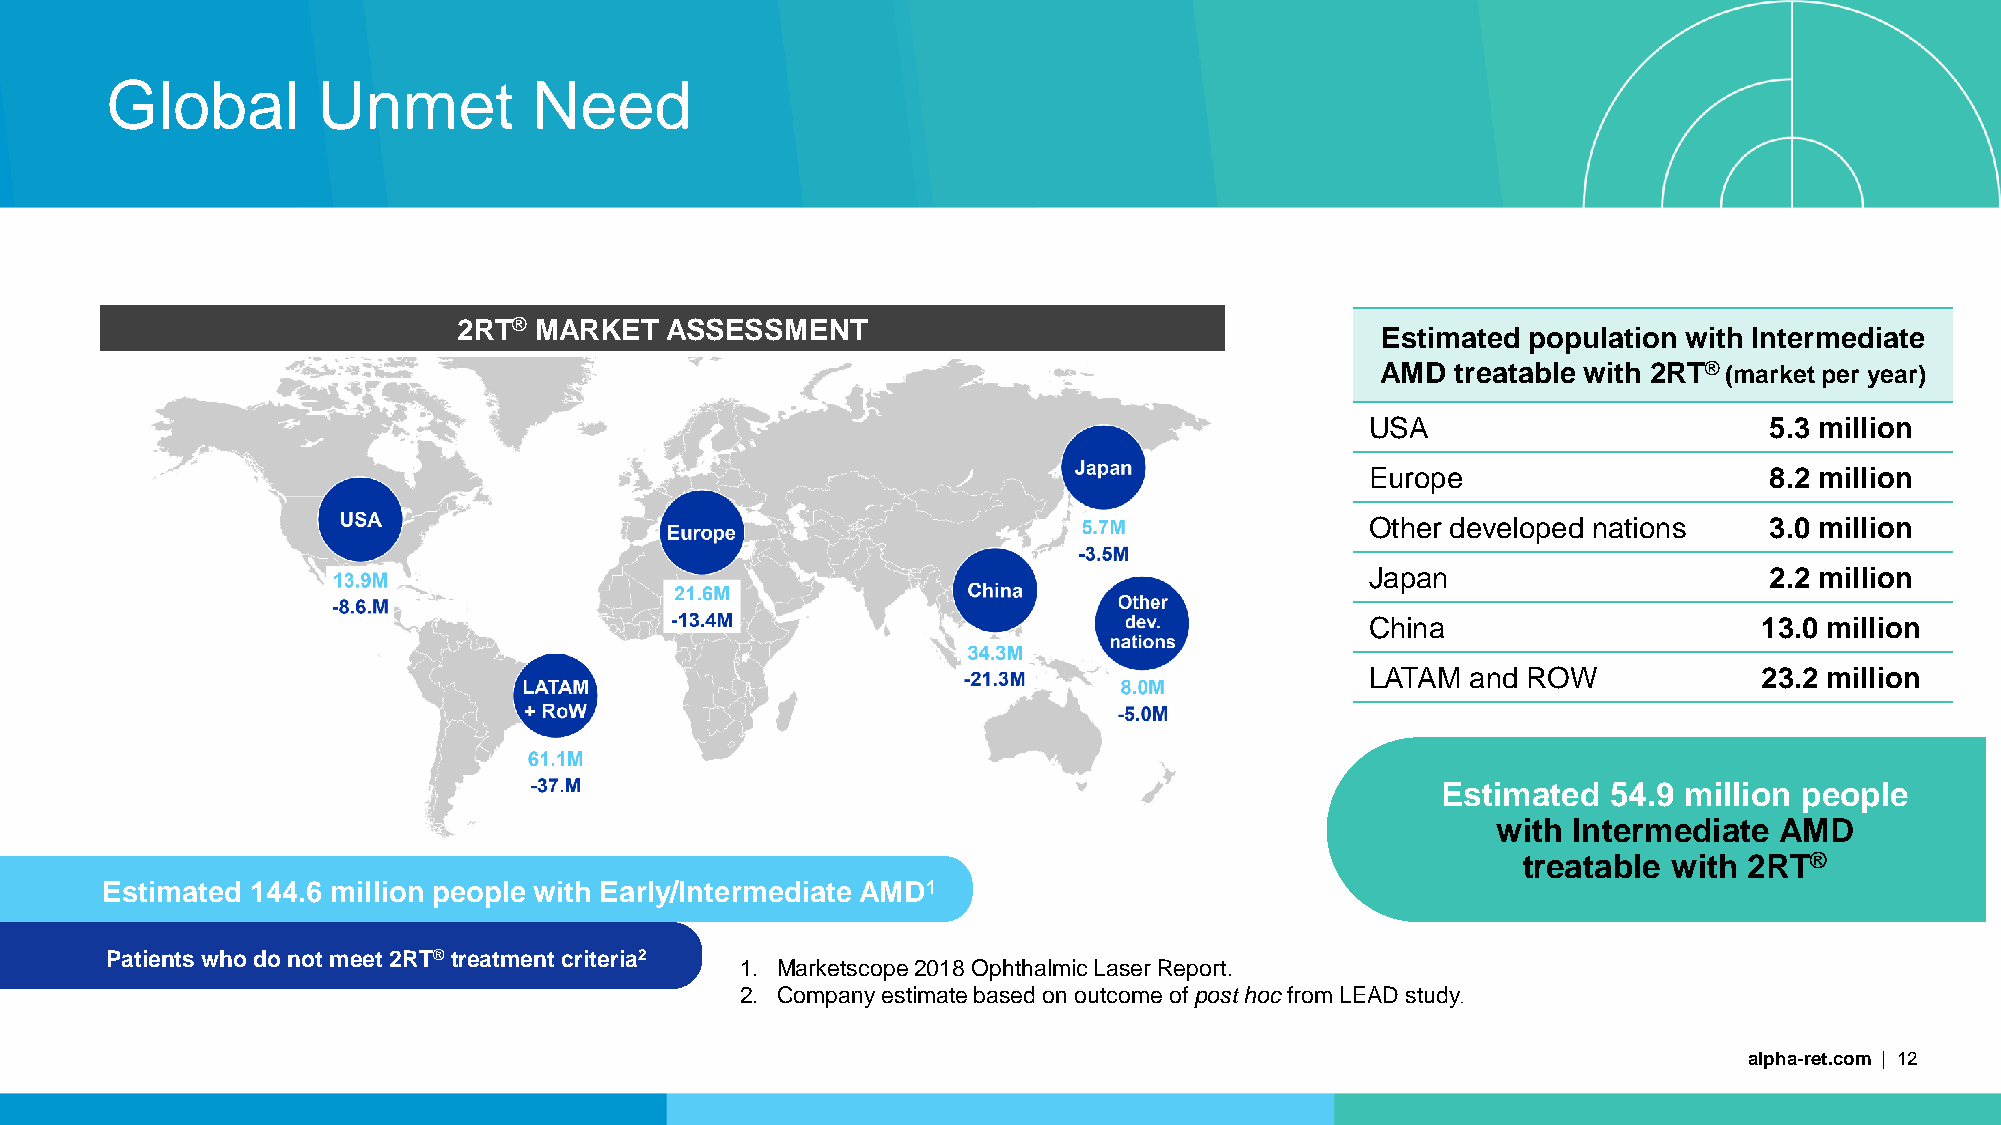
Global        Unmet         Need
 2RT® MARKET   ASSESSMENT
 Estimated population with Intermediate
 AMD  treatable with 2RT® (market per year)
 USA                       5.3 million
 Europe                    8.2 million
 Other developed nations   3.0 million
 Japan                     2.2 million
 China                     13.0 million
 LATAM and ROW             23.2 million
 Estimated   54.9 million people
 with Intermediate  AMD
 treatable with 2RT®
 Estimated 144.6 million people with Early/Intermediate AMD1
 Patients who do not meet 2RT® treatment criteria2
 1. Marketscope2018 Ophthalmic Laser Report.
 2. Company estimate based on outcome of post hoc from LEAD study
 .
 alpha-ret.com | 12